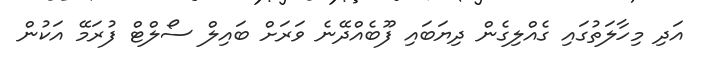
އަދި މިހާލަތުގައި ގެއްލިގެން ދިޔަބައި ފޫބެއްދޭނެ ވަރަށް ބައިލް ސޯލްޓް ފުރަމޭ އަކުން